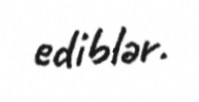
ediblər.